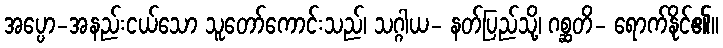
အပ္ပော-အနည်းငယ်သော သူတော်ကောင်းသည်၊ သဂ္ဂါယ- နတ်ပြည်သို့၊ ဂစ္ဆတိ- ရောက်နိုင်၏။